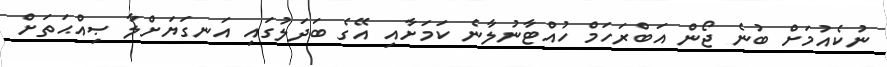
ނުކެއުމަށް ބުނެ ޖޯން އަބްރަހަމް ހުއްޓާނުލާނެ ކަމަށާއި އޭގެ ބަދަލުގައި އަނގަޔަށްލާ ޞިއްޙަތަށް